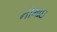
નીમાઇ